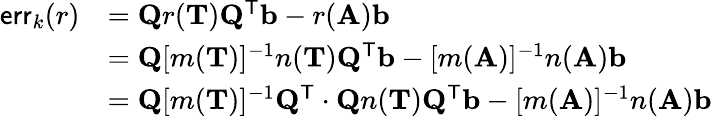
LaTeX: \begin{array}{rl}{\mathsf{err}_{k}(r)}&{=\mathbf{Q}r(\mathbf{T})\mathbf{Q}^{\mathsf{T}}\mathbf{b}-r(\mathbf{A})\mathbf{b}}\\ &{=\mathbf{Q}[m(\mathbf{T})]^{-1}n(\mathbf{T})\mathbf{Q}^{\mathsf{T}}\mathbf{b}-[m(\mathbf{A})]^{-1}n(\mathbf{A})\mathbf{b}}\\ &{=\mathbf{Q}[m(\mathbf{T})]^{-1}\mathbf{Q}^{\mathsf{T}}\cdot\mathbf{Q}n(\mathbf{T})\mathbf{Q}^{\mathsf{T}}\mathbf{b}-[m(\mathbf{A})]^{-1}n(\mathbf{A})\mathbf{b}}\end{array}